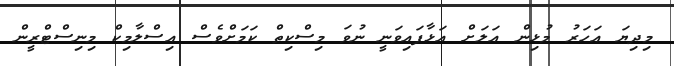
މިދިޔަ އަހަރު މުޅިން އަލަށް އަޅާފައިވަނީ ނުވަ މިސްކިތް ކަމަށްވެސް އިސްލާމިކް މިނިސްޓްރީން